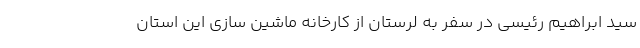
سید ابراهیم رئیسی در سفر به لرستان از کارخانه ماشین سازی این استان